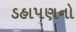
ડહાપણનો